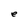
Character: e